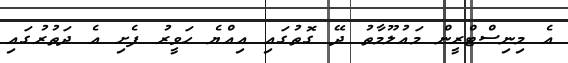
އެ މިނިސްޓްރީން މައުލޫމާތު ދޭ ގޮތުގައި އިއްޔެ ހަވީރު ފެށި އެ ދަތުރުގައި